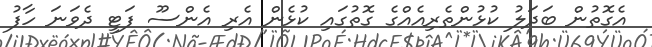
އެގޮތުން ބަދަލު ކުޅުންތެރިއެއްގެ ގޮތުގައި ކުޅެން އެރި އެންސޫ ފަޓީ ދެވަނަ ހާފު